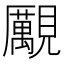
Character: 𧢝